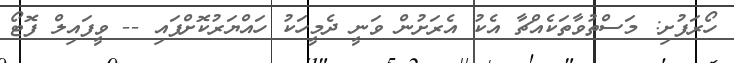
ހޯރަފުށި: މަސްތުވާތަކެއްޗާ އެކު އެރަށުން ވަނީ ދެމީހަކު ހައްޔަރުކޮށްފައި -- ވީފައިލް ފޮޓޯ